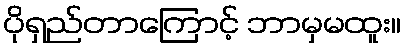
ပိုရှည်တာကြောင့် ဘာမှမထူး။